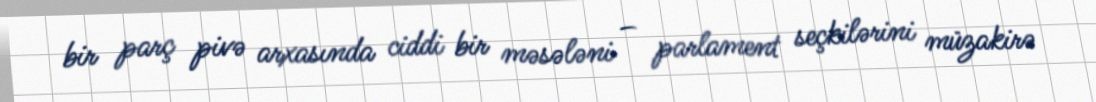
bir parç pivə arxasında ciddi bir məsələni – parlament seçkilərini müzakirə